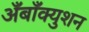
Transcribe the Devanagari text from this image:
अँबाँक्युशन